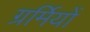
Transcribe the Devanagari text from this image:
ग्रर्मियों